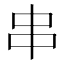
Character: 串